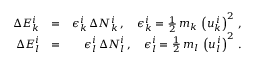
\begin{array} { r l r } { \Delta E _ { k } ^ { i } } & { = } & { \epsilon _ { k } ^ { i } \, \Delta N _ { k } ^ { i } \, , \quad \epsilon _ { k } ^ { i } = \frac { 1 } { 2 } \, m _ { k } \, \left( u _ { k } ^ { \, i } \right) ^ { 2 } \, , } \\ { \Delta E _ { l } ^ { i } } & { = } & { \epsilon _ { l } ^ { i } \, \Delta N _ { l } ^ { i } \, , \quad \epsilon _ { l } ^ { i } = \frac { 1 } { 2 } \, m _ { l } \, \left( u _ { l } ^ { \, i } \right) ^ { 2 } \, . } \end{array}